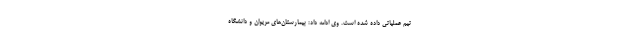
تیم عملیاتی داده شده است. وی ادامه داد: بیمارستان‌های مریوان و دانشگاه